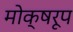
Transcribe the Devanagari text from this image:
मोक्षरूप